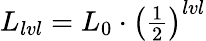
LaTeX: \begin{array}{r}{L_{lvl}=L_{0}\cdot\left(\frac{1}{2}\right)^{lvl}}\end{array}